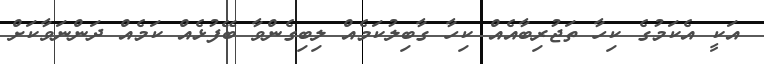
އަކީ އެކަމުގެ ކިހާ ތަޖުރިބާއެއް ކިހާ ގާބިލުކަމެއް ލިބިގެންވާ ބޭފުޅެއް ކަމެއް ދަންނަވާކަށް